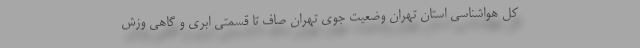
کل هواشناسی استان تهران وضعیت جوی تهران صاف تا قسمتی ابری و گاهی وزش